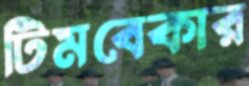
টিমবেকার